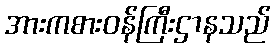
အားကစားဝန်ကြီးဌာနသည်